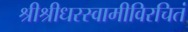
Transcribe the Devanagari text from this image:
श्रीश्रीधरस्वामीविरचितं